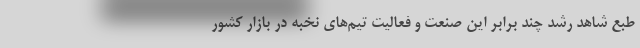
طبع شاهد رشد چند برابر این صنعت و فعالیت تیم‌های نخبه در بازار کشور